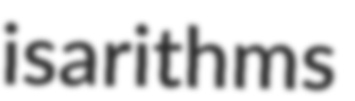
isarithms